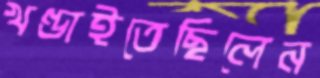
খণ্ডাইতেছিলেন